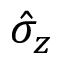
{ \hat { \sigma } } _ { z }